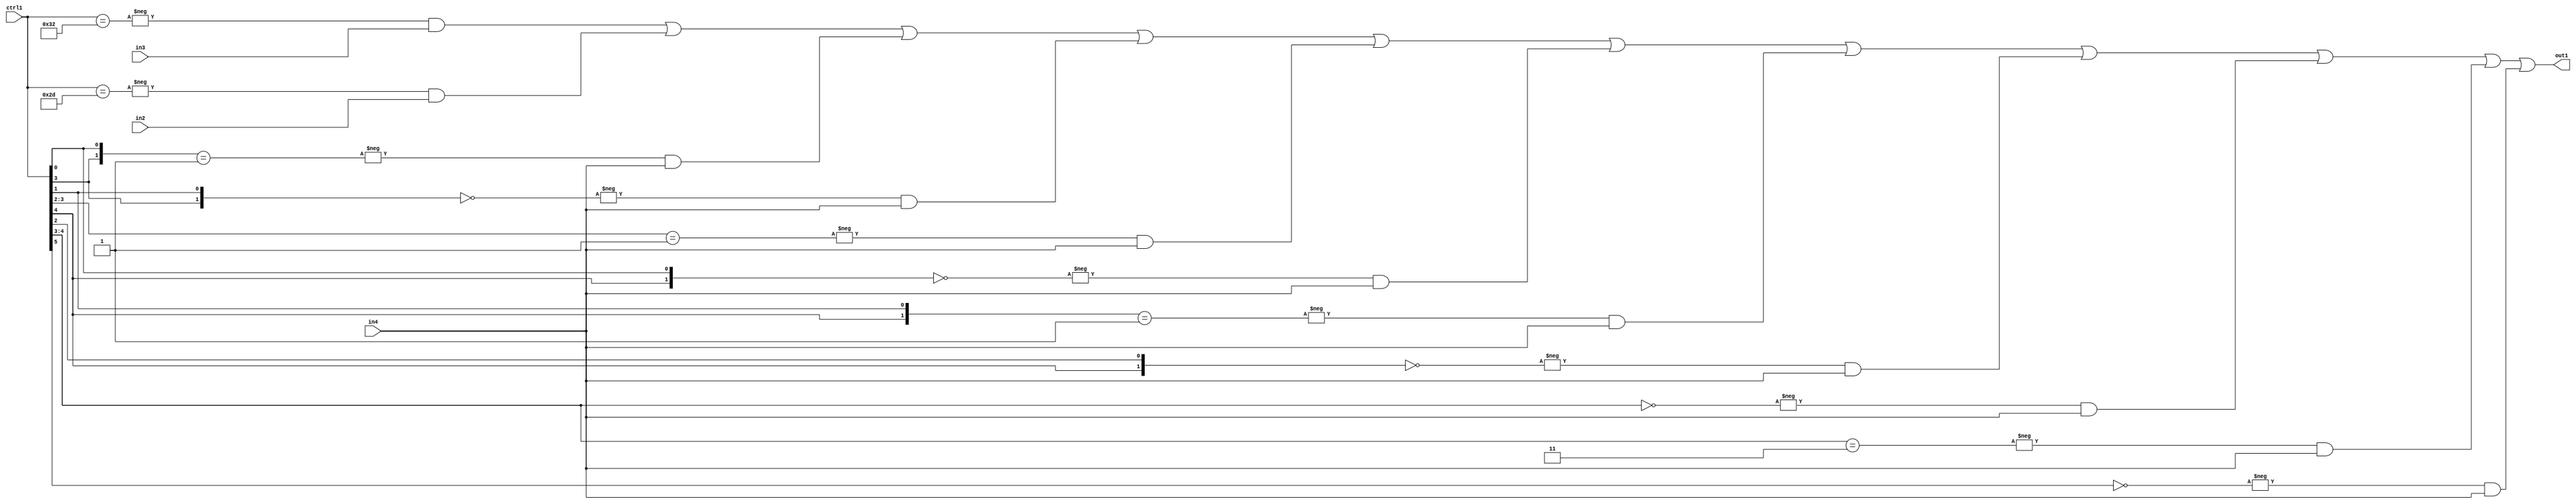
`timescale 1ps / 1ps
/*****************************************************************************
    Verilog RTL Description
    
    
    Created by: Stratus DpOpt 21.05.01 
*******************************************************************************/

module SobelFilter_N_Mux_32_3_92_4 (
	in4,
	in3,
	in2,
	ctrl1,
	out1
	); /* architecture "behavioural" */ 
input [31:0] in4;
input [8:0] in3,
	in2;
input [5:0] ctrl1;
output [31:0] out1;
wire [31:0] asc001;

assign asc001 = 
	-{ctrl1 == 6'B110010} & in3 |
	-{ctrl1 == 6'B101101} & in2 |
	-{{ctrl1[3], ctrl1[0]} == 2'B01} & in4 |
	-{{ctrl1[3], ctrl1[1]} == 2'B00} & in4 |
	-{ctrl1[3:2] == 2'B01} & in4 |
	-{{ctrl1[4], ctrl1[0]} == 2'B00} & in4 |
	-{{ctrl1[4], ctrl1[1]} == 2'B01} & in4 |
	-{{ctrl1[4], ctrl1[2]} == 2'B00} & in4 |
	-{ctrl1[4:3] == 2'B00} & in4 |
	-{ctrl1[4:3] == 2'B11} & in4 |
	-{ctrl1[5] == 1'B0} & in4 ;

assign out1 = asc001;
endmodule

/* CADENCE  vbP4TAA= : u9/ySxbfrwZIxEzHVQQV8Q== ** DO NOT EDIT THIS LINE ******/